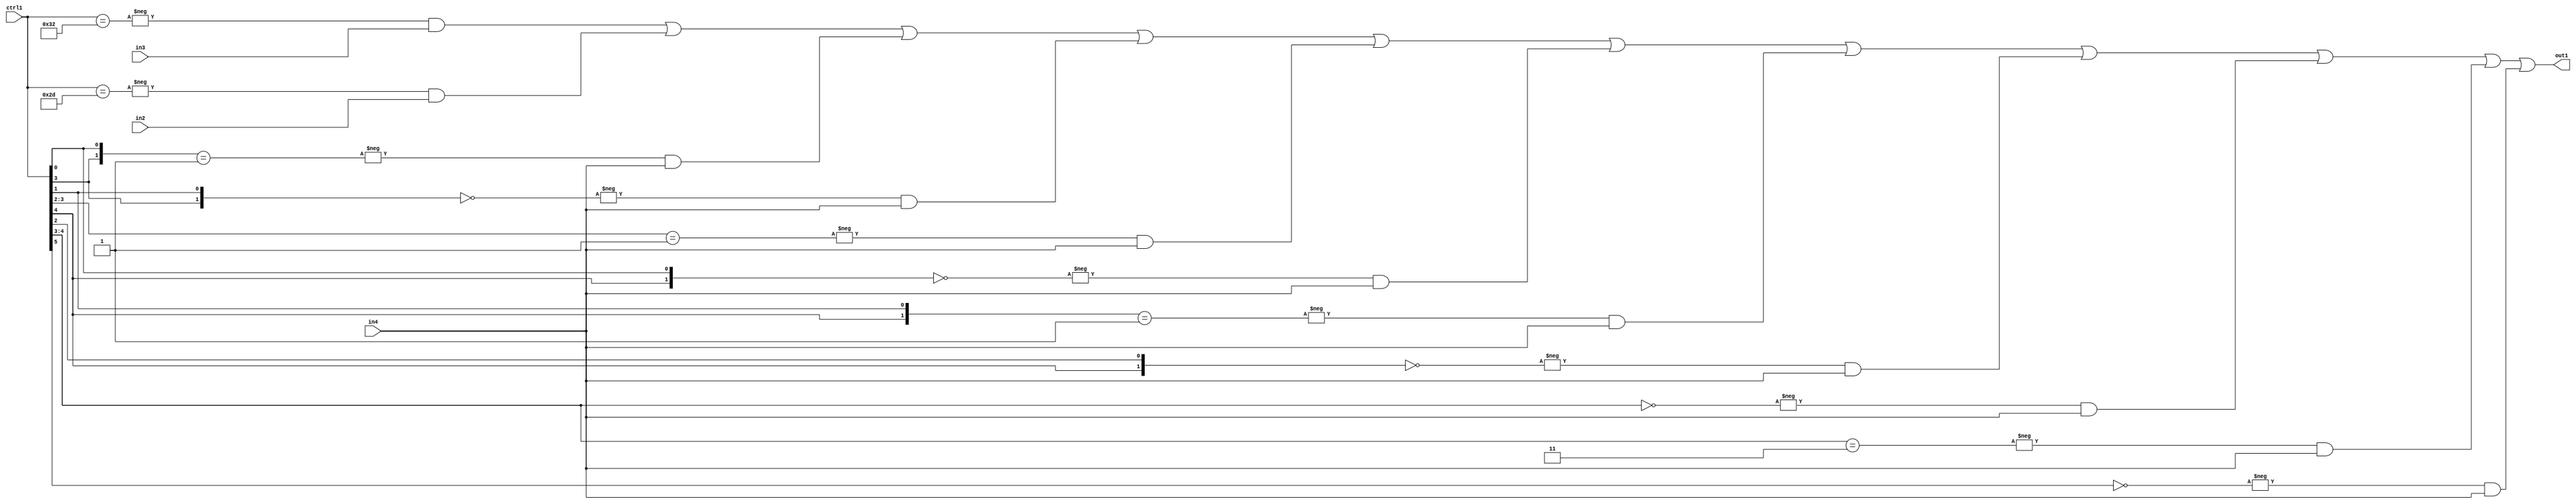
`timescale 1ps / 1ps
/*****************************************************************************
    Verilog RTL Description
    
    
    Created by: Stratus DpOpt 21.05.01 
*******************************************************************************/

module SobelFilter_N_Mux_32_3_92_4 (
	in4,
	in3,
	in2,
	ctrl1,
	out1
	); /* architecture "behavioural" */ 
input [31:0] in4;
input [8:0] in3,
	in2;
input [5:0] ctrl1;
output [31:0] out1;
wire [31:0] asc001;

assign asc001 = 
	-{ctrl1 == 6'B110010} & in3 |
	-{ctrl1 == 6'B101101} & in2 |
	-{{ctrl1[3], ctrl1[0]} == 2'B01} & in4 |
	-{{ctrl1[3], ctrl1[1]} == 2'B00} & in4 |
	-{ctrl1[3:2] == 2'B01} & in4 |
	-{{ctrl1[4], ctrl1[0]} == 2'B00} & in4 |
	-{{ctrl1[4], ctrl1[1]} == 2'B01} & in4 |
	-{{ctrl1[4], ctrl1[2]} == 2'B00} & in4 |
	-{ctrl1[4:3] == 2'B00} & in4 |
	-{ctrl1[4:3] == 2'B11} & in4 |
	-{ctrl1[5] == 1'B0} & in4 ;

assign out1 = asc001;
endmodule

/* CADENCE  vbP4TAA= : u9/ySxbfrwZIxEzHVQQV8Q== ** DO NOT EDIT THIS LINE ******/